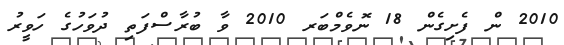
2010 ން ފެށިގެން 18 ނޮވެމްބަރ 2010 ވާ ބުރާސްފަތި ދުވަހުގެ ހަވީރު